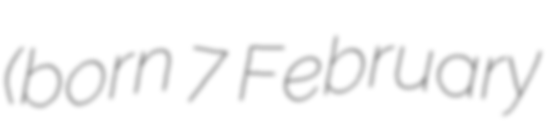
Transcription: (born 7 February